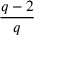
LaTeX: \frac { q - 2 } { q }